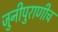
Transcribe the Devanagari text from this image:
जुनीपुराणीच